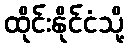
ထိုင်းနိုင်ငံသို့